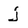
Character: j